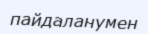
пайдаланумен